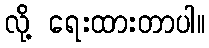
လို့ ရေးထားတာပါ။